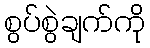
စွပ်စွဲချက်ကို